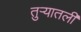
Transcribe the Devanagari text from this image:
तुऱ्यातली